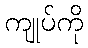
ကျုပ်ကို